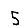
Digit: 5